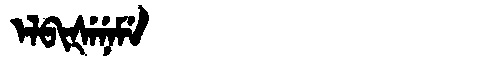
Manchu: ᡝᠯᠪᡳᡧᡝᠨᡝᠮᡝ
Romanization: ELBIŠENEME